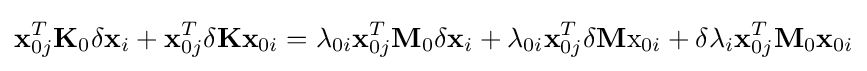
\mathbf {x} _{0j}^{T}\mathbf {K} _{0}\delta \mathbf {x} _{i}+\mathbf {x} _{0j}^{T}\delta \mathbf {K} \mathbf {x} _{0i}=\lambda _{0i}\mathbf {x} _{0j}^{T}\mathbf {M} _{0}\delta \mathbf {x} _{i}+\lambda _{0i}\mathbf {x} _{0j}^{T}\delta \mathbf {M} \mathrm {x} _{0i}+\delta \lambda _{i}\mathbf {x} _{0j}^{T}\mathbf {M} _{0}\mathbf {x} _{0i}